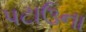
પટાઉના